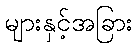
များနှင့်အခြား